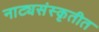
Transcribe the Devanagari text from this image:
नाट्यसंस्कृतीत